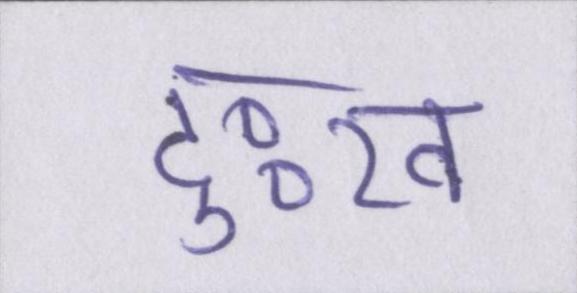
दुःख